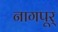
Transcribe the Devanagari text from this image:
नागपूर्